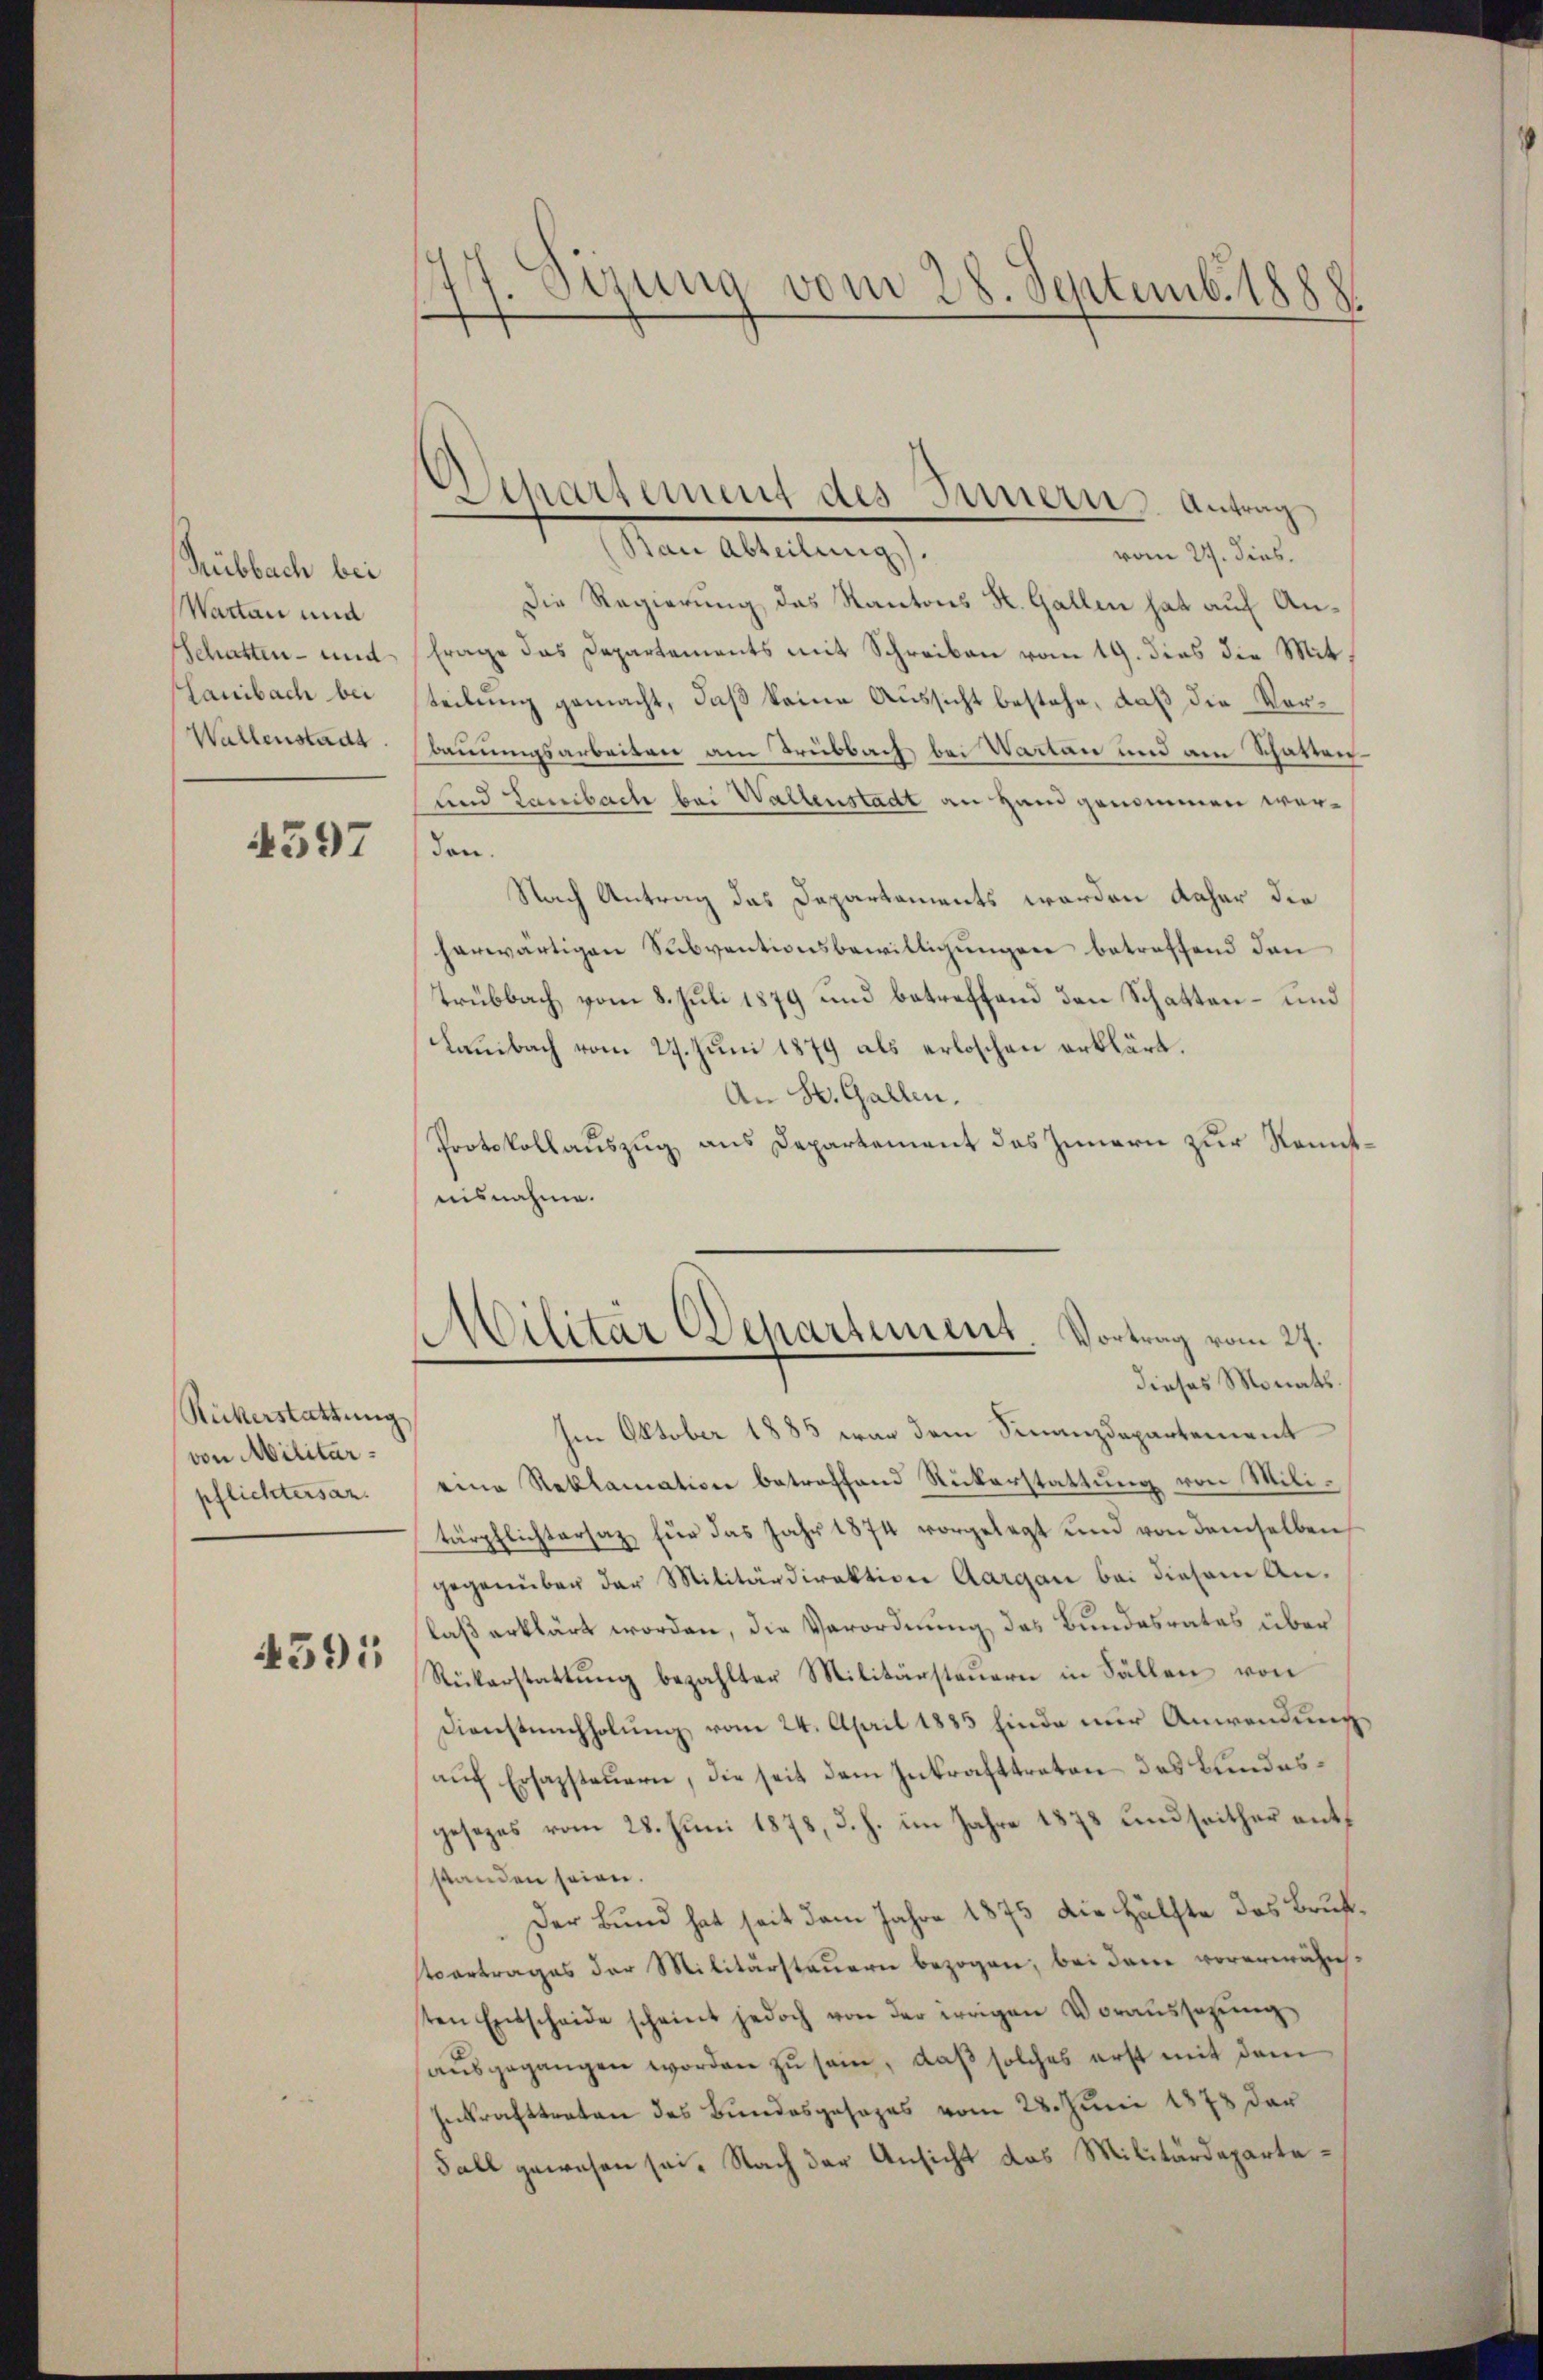
Rubbach bei
Wartan und
Schatten- und
Lauibach bei
Wallenstadt

4397

Rükerstattung
von Militärpflichtersar

4595

.
Sirung vom 28. Septemb. 1888.

Departement des Innern Antrag

Im Oktober 1885 war dem Finanzdepartement
eine Reklamation betroffend Rückerstattung von Militärpflichtersaz für das Jahr 1874 vorgelegt und von demselben
gegenüber der Militärdirektion Aargau bei diesem Anlaß erklärt worden, die Verordnung des Bundesrates über
Rickerstattung bezahlter Militärsteuern in Fällen von
Dienstnachholung vom 24. April 1885 Einde nur Anwendung
auf Ersazsteuern, die seit dem Inkrafttreten des Bundesgesezes vom 28. Juni 1878, d. h. im Jahre 1873 und seither entstanden seien.
Der Bund hat seit dem Jahre 1875 die Hälfte das Brusttvertrages der Militärstauern bezogen, bei dem vorerwähnsten Entscheide scheint jedoch von der errigen Voraŭssezŭng
ausgegangen worden zu sein, daß solches erst mit dem
Inkrafttreten des Bundesgesages vom 28. Juni 1873 der
Fall gewesen sei. Nach der Ansicht das Militärdeparte¬

(Ban Abteilung).
vom 24. dies
Die Regierung das Kantons K. Gallen hat auf An¬
Frage das Departements mit Schreiben vom 19. dies die Mitteilung gemacht, daß keine Aussicht bestehe, daß die Vorbauungsarbeiten am Trubbach bei Wartan und am Schatten
und Lanibach bei Wallenstadt an Hand genommen werden.
Nach Antrag das Departaments werden daher die
herwärtigen Subventionsbewilligungen betreffend den
Trubbach vom 8. Juli 1879 und betreffend den Schatten- und
Lausbach vom 27. Juni 1879 als erloschen erklärt.
An St. Gallen.
Protokollauszug aus Departement des Innern zur Kenntnisnahme.

Militär Departement Vortrag vom 27.
e
dieses Monats